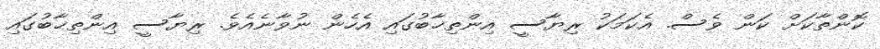
ކޮޮންތާކަށް ކަން ވެސް. އެކަމަކު ރިޔާސީ އިންތިޚާބުގައި އެހެން ނުވާނެއެވެ. ރިޔާސީ އިންތިޚާބުގައި